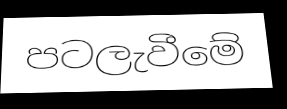
පටලැවීමේ